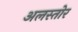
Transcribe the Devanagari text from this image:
अलस्तोर